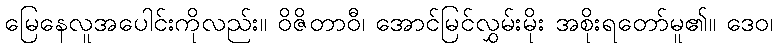
မြေနေလူအပေါင်းကိုလည်း။ ဝိဇိတာဝီ၊ အောင်မြင်လွှမ်းမိုး အစိုးရတော်မူ၏။ ဒေဝ၊